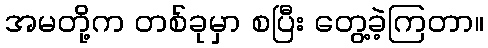
အမတို့က တစ်ခုမှာ စပြီး တွေ့ခဲ့ကြတာ။